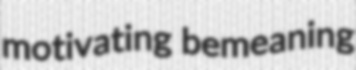
motivating bemeaning